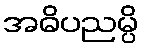
အဓိပညမ္ပိ